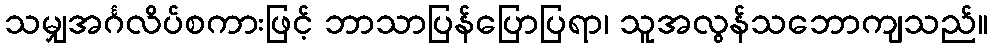
သမျှအင်္ဂလိပ်စကားဖြင့် ဘာသာပြန်ပြောပြရာ၊ သူအလွန်သဘောကျသည်။